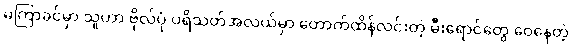
မကြာခင်မှာ သူဟာ ဗိုလ်ပုံ ပရိသတ်အလယ်မှာ တောက်ထိန်လင်းတဲ့ မီးရောင်တွေ ဝေနေတဲ့